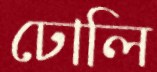
ঢোলি